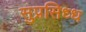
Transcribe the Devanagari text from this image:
सुप्रसिध्ध